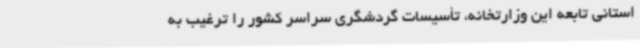
استانی تابعه این وزارتخانه، تأسیسات گردشگری سراسر کشور را ترغیب به